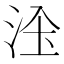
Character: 𱦑